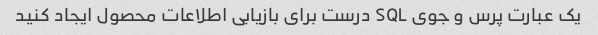
یک عبارت پرس و جوی SQL درست برای بازیابی اطلاعات محصول ایجاد کنید